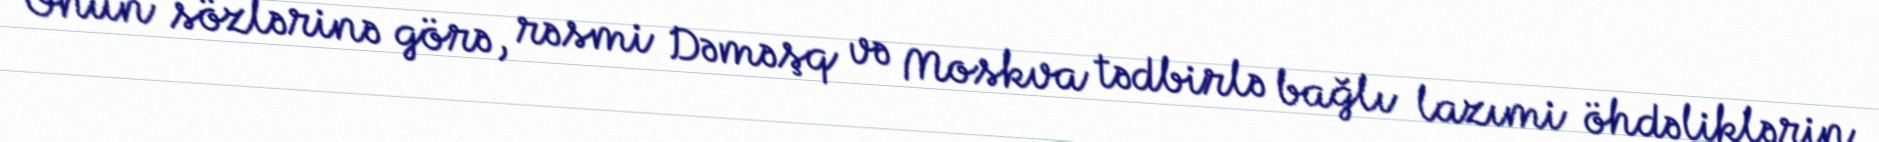
Onun sözlərinə görə, rəsmi Dəməşq və Moskva tədbirlə bağlı lazımi öhdəliklərin